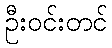
ဦးဝင်းတင်